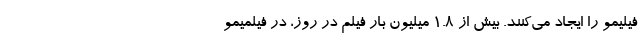
فیلیمو را ایجاد می‌کنند. بیش از ۱.۸ میلیون بار فیلم در روز، در فیلمیمو